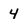
Character: 4